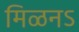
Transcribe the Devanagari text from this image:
मिळनऽ